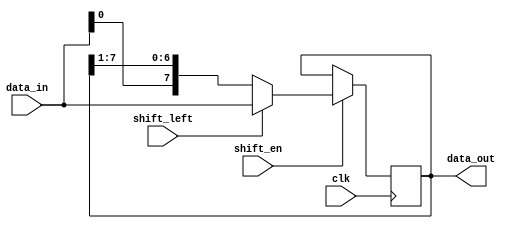
module bidirectional_shift_register(
    input wire clk,
    input wire shift_en,
    input wire shift_left,
    input wire [7:0] data_in,
    output reg [7:0] data_out
);

reg [7:0] shift_reg;

always @(posedge clk) begin
    if (shift_en) begin
        if (shift_left) begin
            shift_reg <= {shift_reg[6:0], data_in};
        end else begin
            shift_reg <= {data_in, shift_reg[7:1]};
        end
    end
end

assign data_out = shift_reg;

endmodule